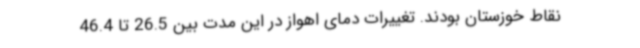
نقاط خوزستان بودند. تغییرات دمای اهواز در این مدت بین 26.5 تا 46.4